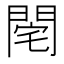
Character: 𨴥